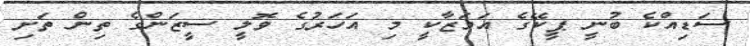
ސަޑިއްކެ ބުނީ ޕީކޭގެ އަމަޒާކީ މި އަހަރުގެ ވޮލީ ސީޒަންގެ ތިން ތަށި